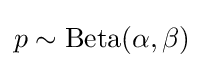
p\sim {\text{Beta}}(\alpha ,\beta )